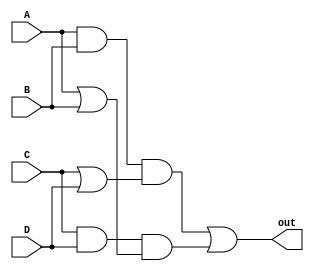
module busAssign(A,B,C,D,out);
	input A,B,C,D;
	output out;
assign out = ((A&B)&(C|D))|((C&D)&(A|B));
	
endmodule



module act3bus_stimulus_generator(A,B,C,D);
	output reg A,B,C,D;
		
	initial
	begin
		
		A=0;
		B=0;
		C=0;
		D=0;
		
		$dumpfile("act3bus.vcd");
		$dumpvars;
		A=0; B=0; C=0;D=0;
		#2
		A=0; B=0; C=0;D=1;
		#2
		A=0; B=0; C=1;D=0;
		#2
		A=0; B=0; C=1;D=1;
		#2
		A=0; B=1; C=0;D=0;
		#2		
		A=0; B=1; C=0;D=1;
		#2		
		A=0; B=1; C=1;D=0;
		#2		
		A=0; B=1; C=1;D=1;
		#2	
		A=1; B=0; C=0;D=0;
		#2	
		A=1; B=0; C=0;D=1;
		#2	
		A=1; B=0; C=1;D=0;
		#2	
		A=1; B=0; C=1;D=1;
		#2	
		A=1; B=1; C=0;D=0;
		#2	
		A=1; B=1; C=0;D=1;
		#2			
		A=1; B=1; C=1;D=0;
		#2	
		A=1; B=1; C=1;D=1;
		#2	
		$finish;
	end
endmodule

module act3bus_testbench();
	wire A,B,C,D;
	
	busAssign bus(A,B,C,D,out);
	act3bus_stimulus_generator bus1(A,B,C,D);
endmodule